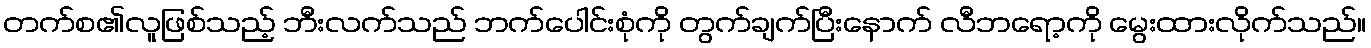
တက်စ၏လူဖြစ်သည့် ဘီးလက်သည် ဘက်ပေါင်းစုံကို တွက်ချက်ပြီးနောက် လီဘရော့ကို မွေးထားလိုက်သည်။